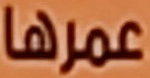
عمرها